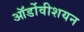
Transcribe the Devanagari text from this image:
ऑर्डोवीशयन